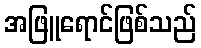
အဖြူရောင်ဖြစ်သည်